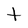
Character: t